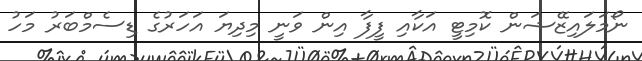
ނޯމަލައިޒޭޝަން ކޮމިޓީ އަކާއި ފީފާ އިން ވަނީ މިދިޔަ އަހަރުގެ ޑިސެމްބަރު މަހު